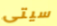
سيتى